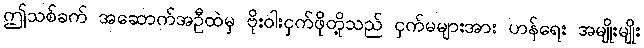
ဤသစ်ခက် အဆောက်အဦထဲမှ ဗိုးဝါးငှက်ဖိုတို့သည် ငှက်မများအား ဟန်ရေး အမျိုးမျိုး